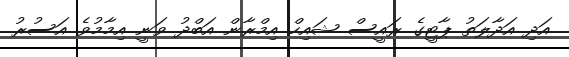
އަދި އަދާލަތު ޕާޓީގެ ރައީސް ޝައިހް އިމްރާން އަބްދު ވަނީ އިމާމުވެ އަސުރު